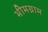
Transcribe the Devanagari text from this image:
भीमग्राम